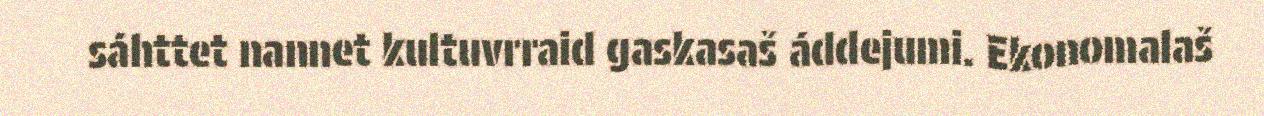
sáhttet nannet kultuvrraid gaskasaš áddejumi. Ekonomalaš